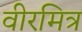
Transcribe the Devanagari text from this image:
वीरमित्र